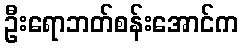
ဦးရောဘတ်စန်းအောင်က